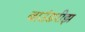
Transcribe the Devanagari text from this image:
बाउंडरीझ